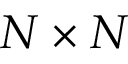
N \times N